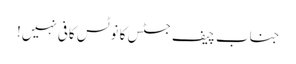
جناب چیف جسٹس کا نوٹس کافی نہیں!